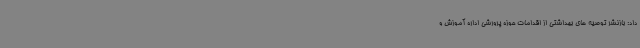
داد: بازنشر توصیه های بهداشتی از اقدامات حوزه پرورشی اداره آموزش و